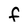
Character: f